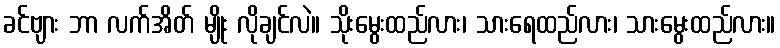
ခင်ဗျား ဘာ လက်အိတ် မျိုး လိုချင်လဲ။ သိုးမွေးထည်လား၊ သားရေထည်လား၊ သားမွေးထည်လား။